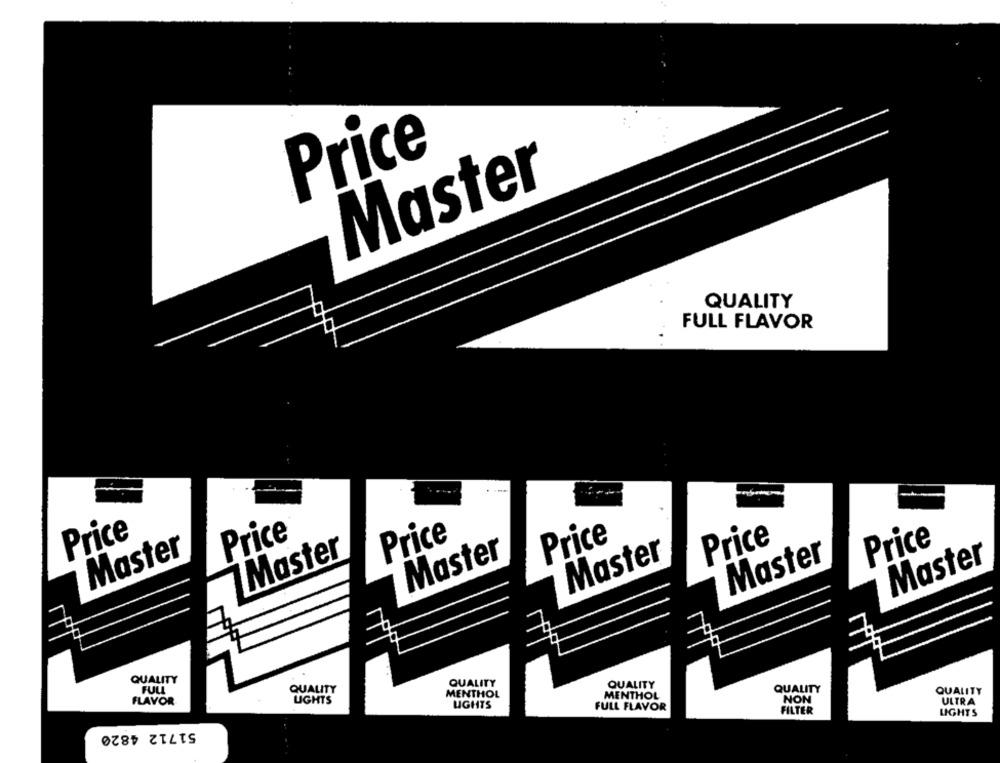
Price
Master
QUALITY
FULL FLAVOR
Price
Price
Price
Price
Price
Price
Master
Master
Master
Master
Master
Master
QUALITY
QUALITY
QUALITY
FULL
QUALITY
MENTHOL
MENTHOL
QUALITY
QUALITY
FLAVOR
LIGHTS
NON
ULTRA
UGHTS
FULL FLAVOR
FILTER
LIGHTS
51712 4820